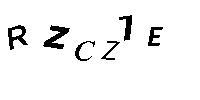
RZCZ1E